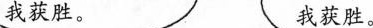
我获胜。 我获胜。。